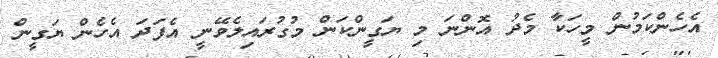
އެހެންކަމުން މީހަކާ މެދު އޮންނަ މި ޔަގީންކަން މުގުރައިލެވޭނީ އެފަދަ އެހެން ޔަގީން